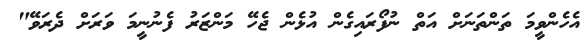
އެހެންވީމަ ތަންތަނަށް އަތް ނުފޯރައިގެން އުޅެން ޖެހޭ މަންޒަރު ފެނުނީމަ ވަރަށް ދެރަވޭ"